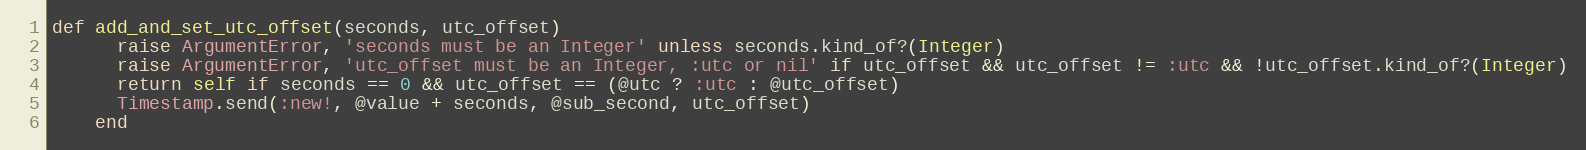
Language: Ruby
def add_and_set_utc_offset(seconds, utc_offset)
      raise ArgumentError, 'seconds must be an Integer' unless seconds.kind_of?(Integer)
      raise ArgumentError, 'utc_offset must be an Integer, :utc or nil' if utc_offset && utc_offset != :utc && !utc_offset.kind_of?(Integer)
      return self if seconds == 0 && utc_offset == (@utc ? :utc : @utc_offset)
      Timestamp.send(:new!, @value + seconds, @sub_second, utc_offset)
    end